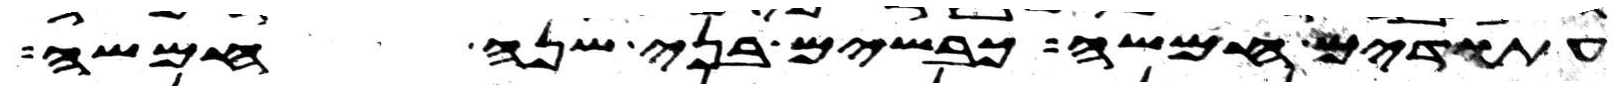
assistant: עתודים חמשה כבשים בני שנה חמשה